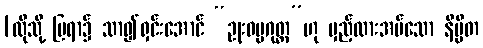
[ထိုသို့ ပြရာ၌ သာ၍ရှင်းအောင် “ဥုးဓမ္မဂုတ္တ”ဟု မှည့်ထားအပ်သော နိမ္မိတ